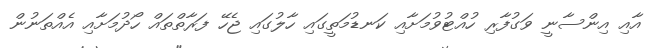
އާއި އިންސާނީ ވަގުފާރި ހުއްޓުވުމަށާއި ކަނޑުމަތީގައި ހާލުގައި ޖެހޭ ފަރާތްތައް ހޯދުމަށާއި އެއްތަނުން